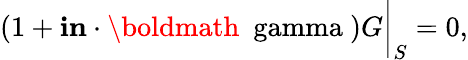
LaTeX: (1+\mathbf{i}{\mathbf{n}}\cdot\mathrm{{\boldmath{~\ gamma~}}})G\bigg|_{S}=0,